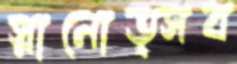
স্নানোত্সব